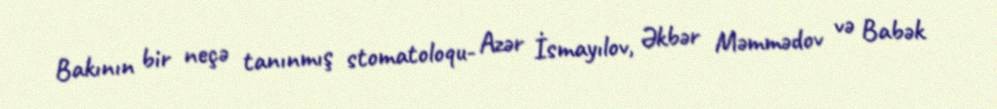
Bakının bir neçə tanınmış stomatoloqu- Azər İsmayılov, Əkbər Məmmədov və Babək